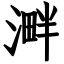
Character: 溿